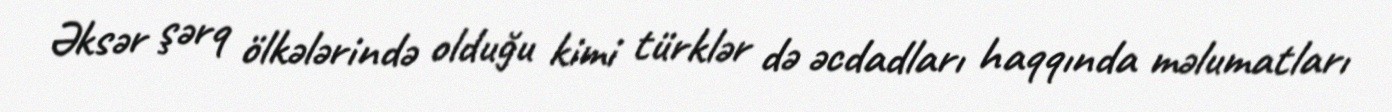
Əksər şərq ölkələrində olduğu kimi türklər də əcdadları haqqında məlumatları